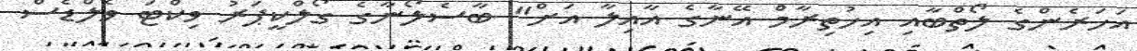
އަހަރެންގެ ލޯތްބާއި އިހުތިރާމް އޭނާގެ އާއިލާ އަށް" ބާސެލޯނާގެ ގޯލްކީޕަރު ވިކްޓަ ވެލްޑެސް